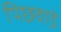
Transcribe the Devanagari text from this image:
पिछवाडे़